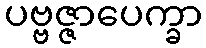
ပဗ္ဗဇ္ဇာပေက္ခာ